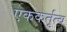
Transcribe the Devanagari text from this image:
एककर्तृत्व